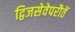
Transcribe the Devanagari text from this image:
द्विजसेवेपरौतें